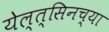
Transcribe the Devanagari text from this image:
येल्त्सिनच्या